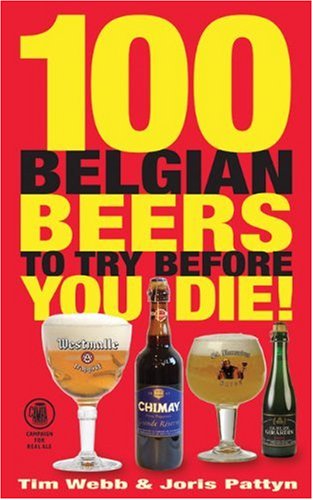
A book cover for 100 Belgian Beers to Try Before You Die!; Tim Webb; Travel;